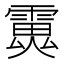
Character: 𩅏